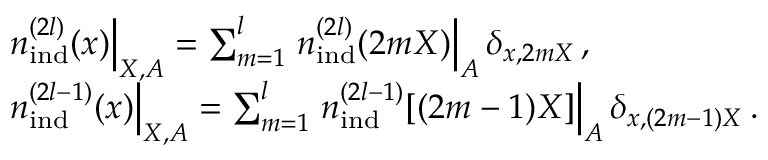
\begin{array} { r l } & { \left. { n } _ { \mathrm { i n d } } ^ { ( 2 l ) } ( \boldsymbol { x } ) \right| _ { \boldsymbol { X } , A } = \sum _ { m = 1 } ^ { l } \left. { n } _ { \mathrm { i n d } } ^ { ( 2 l ) } ( 2 m \boldsymbol { X } ) \right| _ { A } \delta _ { \boldsymbol { x } , 2 m \boldsymbol { X } } \, , } \\ & { \left. { n } _ { \mathrm { i n d } } ^ { ( 2 l - 1 ) } ( \boldsymbol { x } ) \right| _ { \boldsymbol { X } , A } = \sum _ { m = 1 } ^ { l } \left. { n } _ { \mathrm { i n d } } ^ { ( 2 l - 1 ) } [ ( 2 m - 1 ) \boldsymbol { X } ] \right| _ { A } \delta _ { \boldsymbol { x } , ( 2 m - 1 ) \boldsymbol { X } } \, . } \end{array}